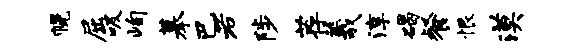
幌屈吸峋摹巴若陟荐羲淳碣餐恨漠